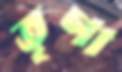
তৃণা